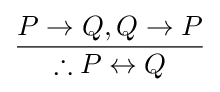
{\frac {P\to Q,Q\to P}{\therefore P\leftrightarrow Q}}